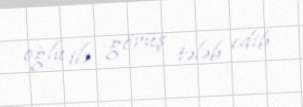
oğlu ilə görüş tələb edib.